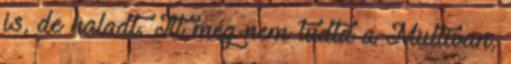
is, de haladt. Itt még nem tudta a Multivan,